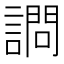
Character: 𫍋